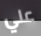
علي